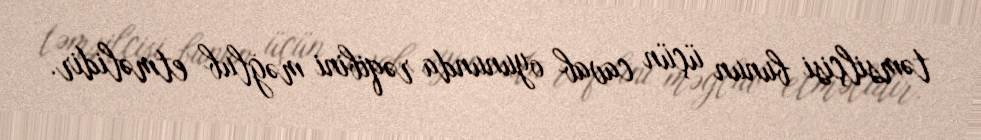
təmsilçisi bunun üçün cavab oyununda rəqibini məğlub etməlidir.